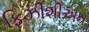
ફિઝીશીઅન